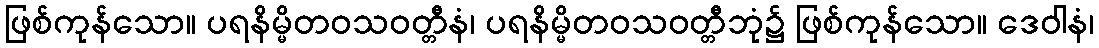
ဖြစ်ကုန်သော။ ပရနိမ္မိတဝသဝတ္တီနံ၊ ပရနိမ္မိတဝသဝတ္တီဘုံ၌ ဖြစ်ကုန်သော။ ဒေဝါနံ၊